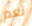
نعم